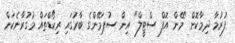
ފުރުމާ ދިމާކޮށް "މޭން އޮފް ސްޓީލް" އިން ސުޕަމޭންގެ ބާރުގައި ރިކޯޑްތައް މުގުރާނެކަން